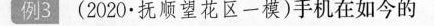
例3(2020·抚顺望花区一模)手机在如今的